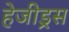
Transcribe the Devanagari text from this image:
हेजीड्रस